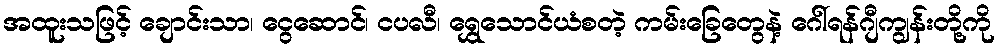
အထူးသဖြင့် ချောင်းသာ၊ ငွေဆောင်၊ ငပလီ၊ ရွှေသောင်ယံစတဲ့ ကမ်းခြေတွေနဲ့ ဂေါ်ရန်ဂျီကျွန်းတို့ကို